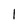
Character: 1